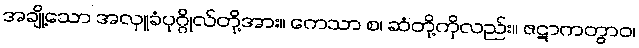
အချို့သော အလှူခံပုဂ္ဂိုလ်တို့အား။ ကေသာ စ၊ ဆံတို့ကိုလည်း။ ဇဋာကတွာဝ၊